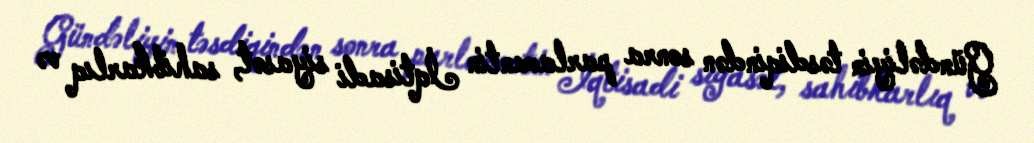
Gündəliyin təsdiqindən sonra parlamentin İqtisadi siyasət, sahibkarlıq və